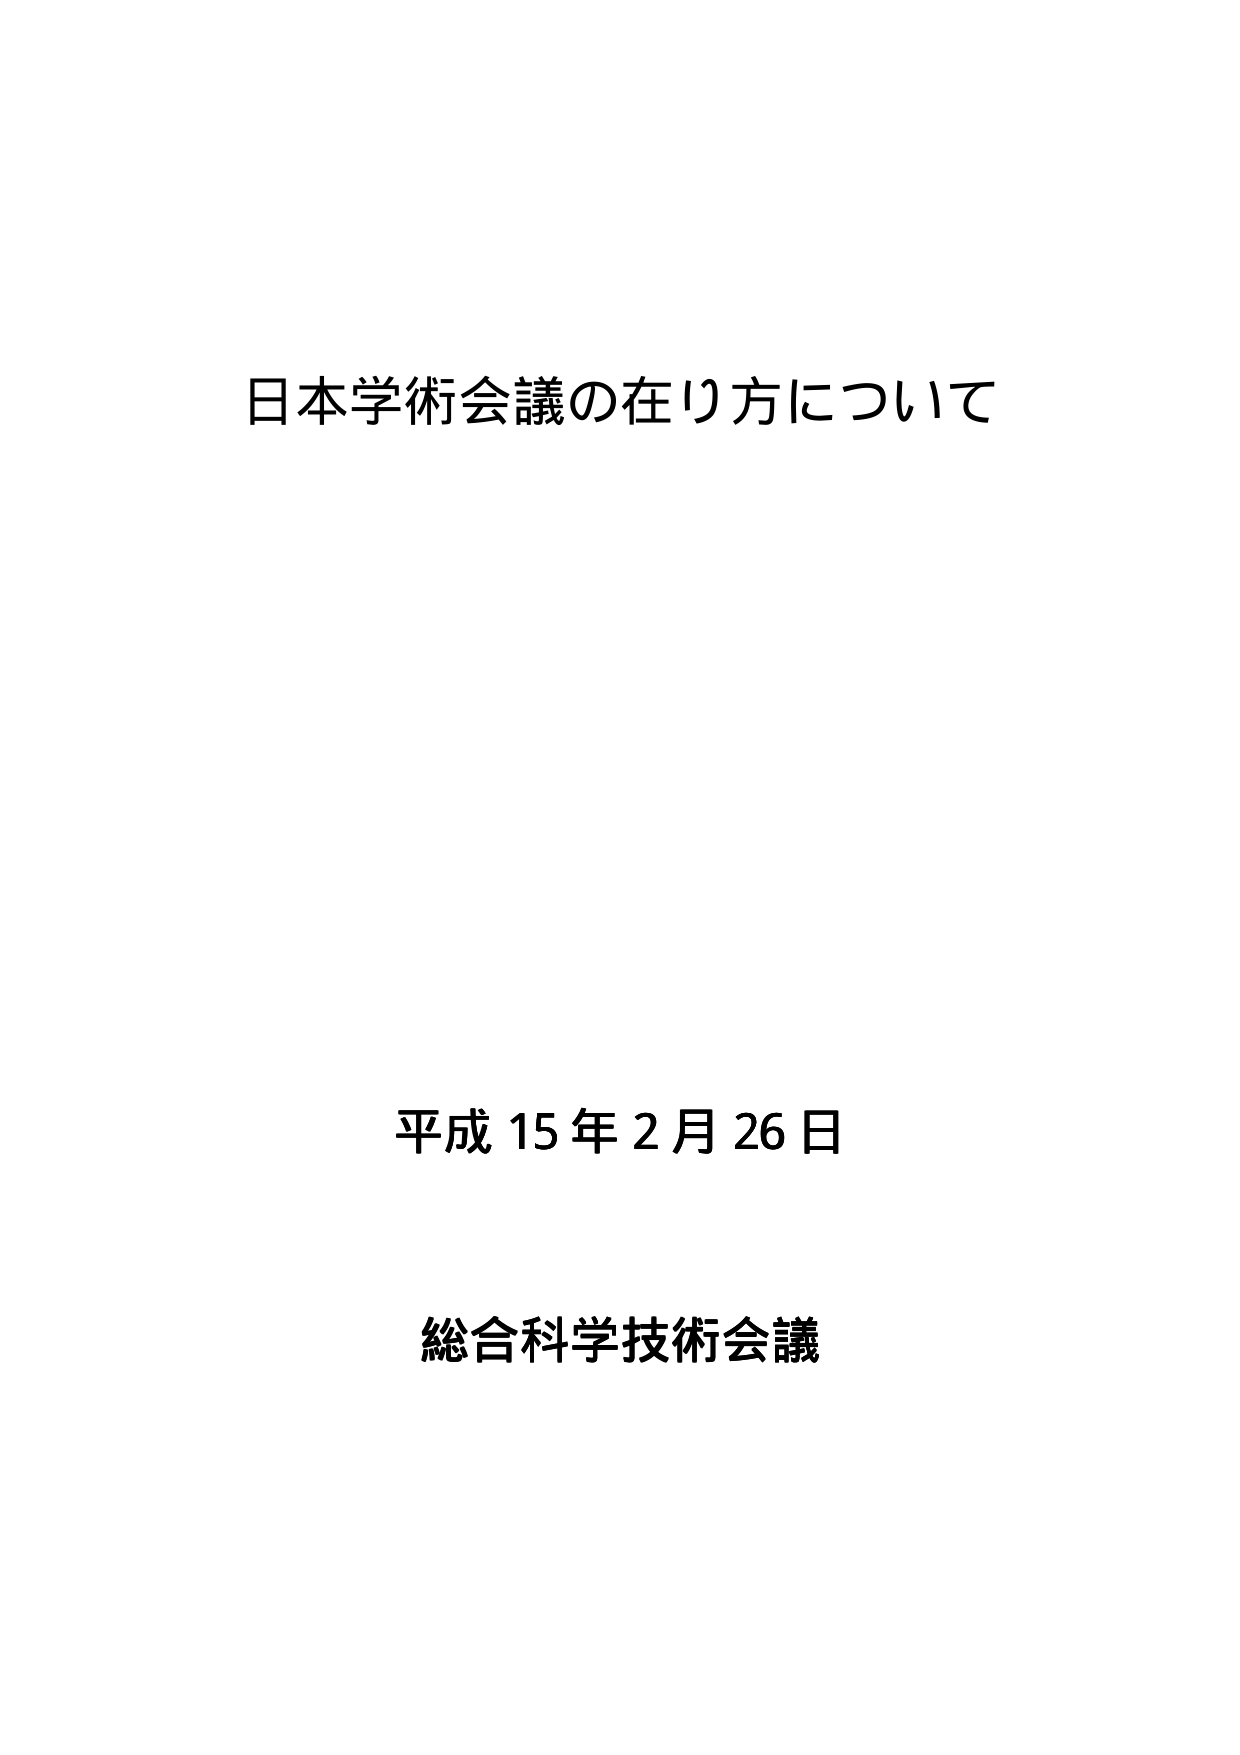
日本学術会議の在り方について

平成15年2月26日

総合科学技術会議